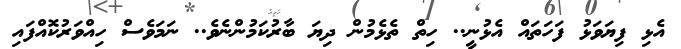
އެޅި ފިޔަވަޅު ފަހަތައް އެޅުނީ.. ހިތް ތެޅެމުން ދިޔަ ބާރުކަމުންނެވެ.. ނަމަވެސް ހިއްވަރުކޮއްފައި